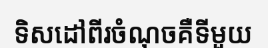
ទិសដៅពីរចំណុចគឺទីមួយ